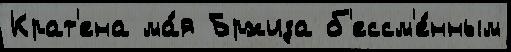
Крат'ена ма́я Бржиза б'ессм'е́нным